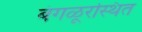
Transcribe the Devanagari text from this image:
बंगळूरस्थित